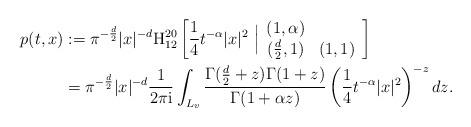
LaTeX: \begin{align*}p(t,x)&:=\pi^{-\frac{d}{2}}|x|^{-d}\textnormal{H}_{12}^{20}\left[ \frac{1}{4}t^{-\alpha}|x|^{2}\ \Big|\begin{array}{cc} (1,\alpha) \\ (\frac{d}{2},1) & (1,1)\end{array}\right] \\ &=\pi^{-\frac{d}{2}}|x|^{-d} \frac{1}{2\pi\textnormal{i}}\int_{L_{v}}\frac{\Gamma(\frac{d}{2}+ z)\Gamma(1+z)}{\Gamma(1+\alpha z)}\left(\frac{1}{4}t^{-\alpha}|x|^{2}\right)^{-z}dz.\end{align*}